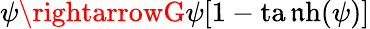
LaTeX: \psi\rightarrowG\psi[1-\operatorname{ta\mathfrak{n}h}(\psi)]